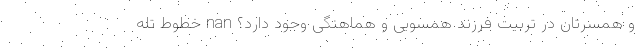
و همسرتان در تربیت فرزند همسویی و هماهنگی وجود دارد؟ nan خطوط تله